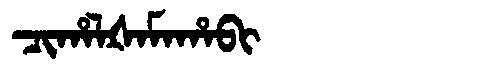
Manchu: ᠴᡳᡥᠠᠯᡧᠠᠮᠠᡥᠠᠪᡳ
Romanization: CIHALŠAMAHABI